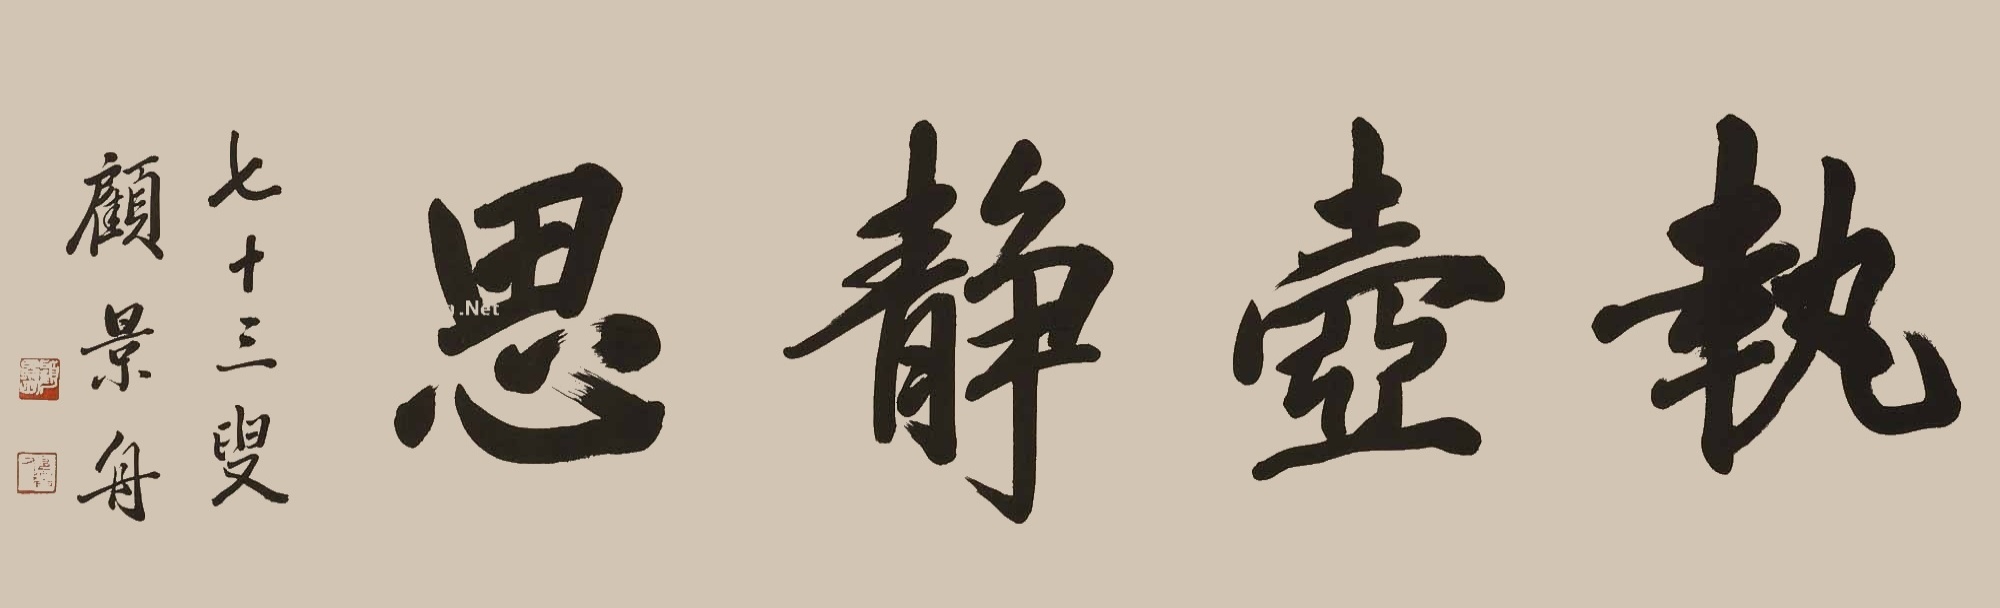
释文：芝壶静思七十三叟，顾景舟。